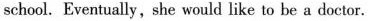
school. Eventually,she would like to be a doctor.